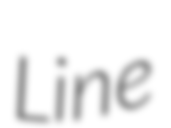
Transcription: Line